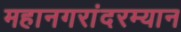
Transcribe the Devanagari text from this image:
महानगरांदरम्यान